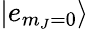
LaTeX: |e_{m_{J}=0}\rangle